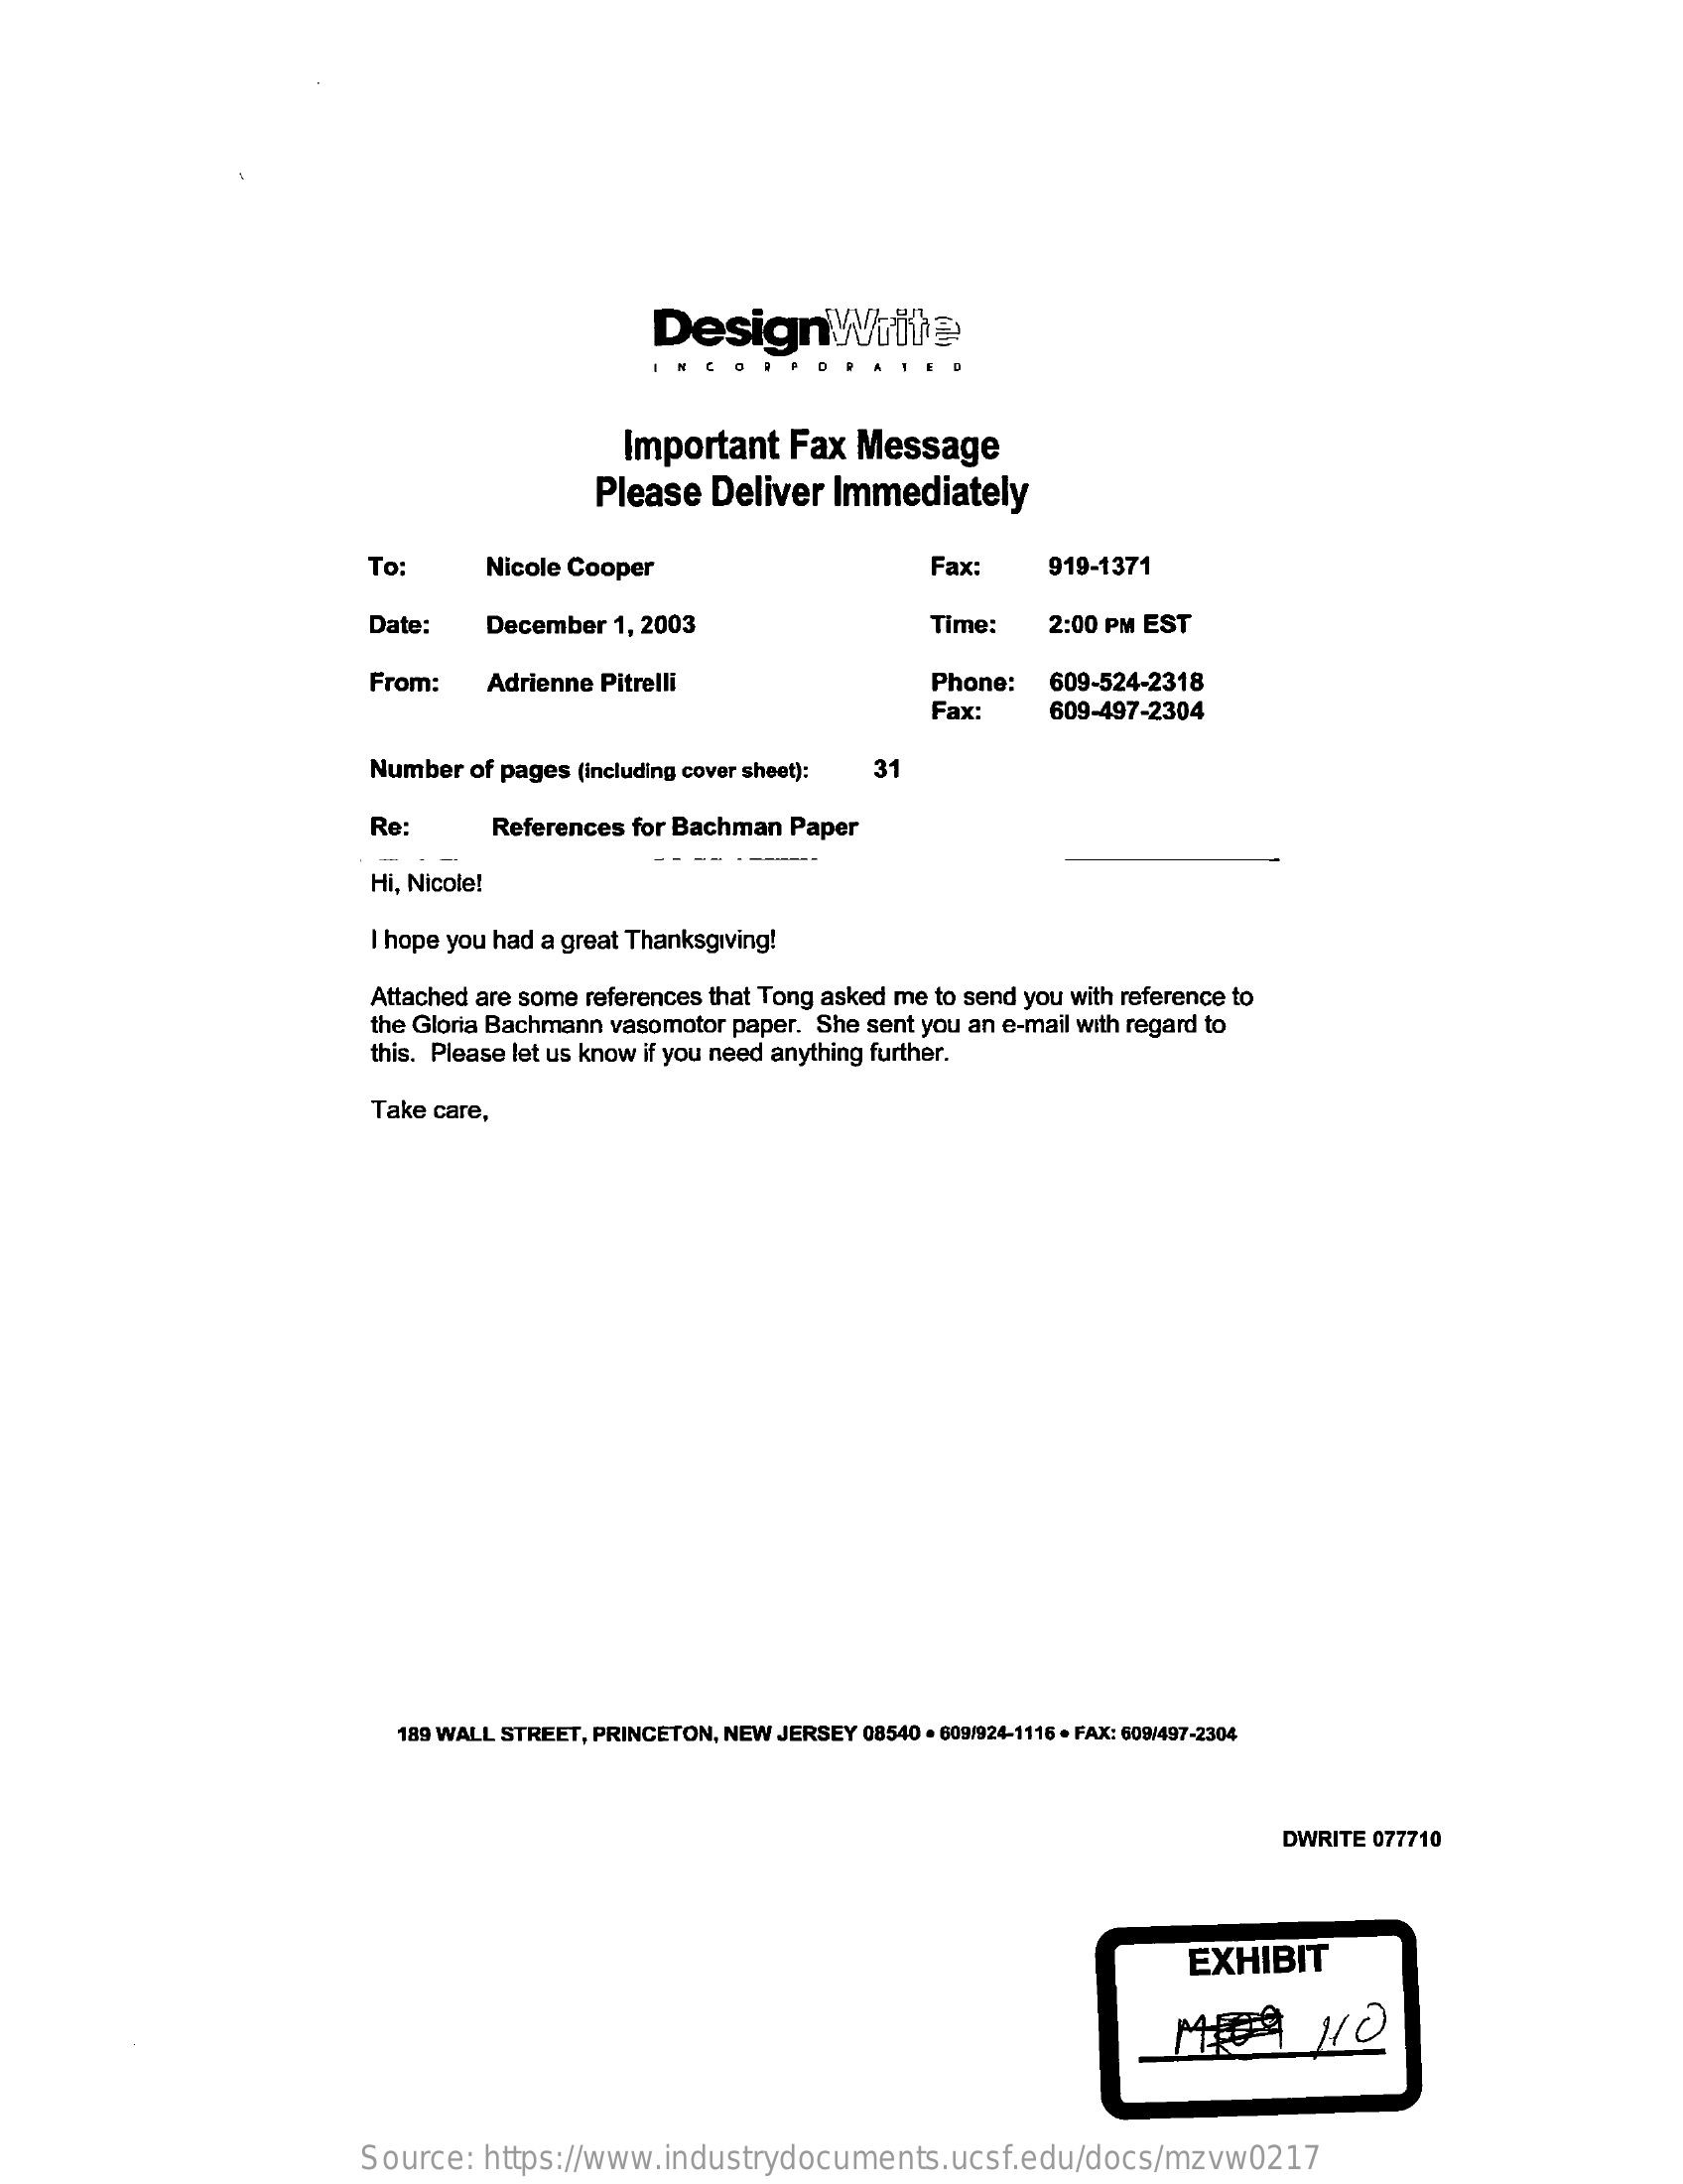
DesignWrite
     ..
     Important    Fax  Message
     Please   Deliver   Immediately
     To:    Nicole Cooper    Fax    919-1371
     Date:    December  1, 2003    Time:    2:00 PM EST
     From:    Adrienne Pitrelli    Phone:    609-524-2318
     Fax:    609-497-2304
     Number  of pages (including cover sheet): 31
     Re:    References for Bachman  Paper
     Hi, Nicole!
     I hope you had a great Thanksgiving!
     Attached are some references that Tong asked me to send you with reference to
     the Gloria Bachmann vasomotor paper. She sent you an e-mail with regard to
     this. Please let us know if you need anything further.
     Take care,
     189 WALL STREET, PRINCETON, NEW JERSEY 08540 . 609/924-1116 . FAX: 609/497-2304
     DWRITE  077710
     EXHIBIT
     109    110
     Source:   https://www.industrydocuments.ucsf.edu/docs/mzvw0217